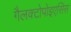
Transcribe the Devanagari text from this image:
गैलक्टोपोइएसिस